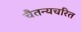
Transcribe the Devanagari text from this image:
चैतन्यचरित